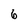
Character: 6